Triennial report on the lunatic asylums in the province of Eastern Bengal and Assam - 1903-1911
Year: 1903
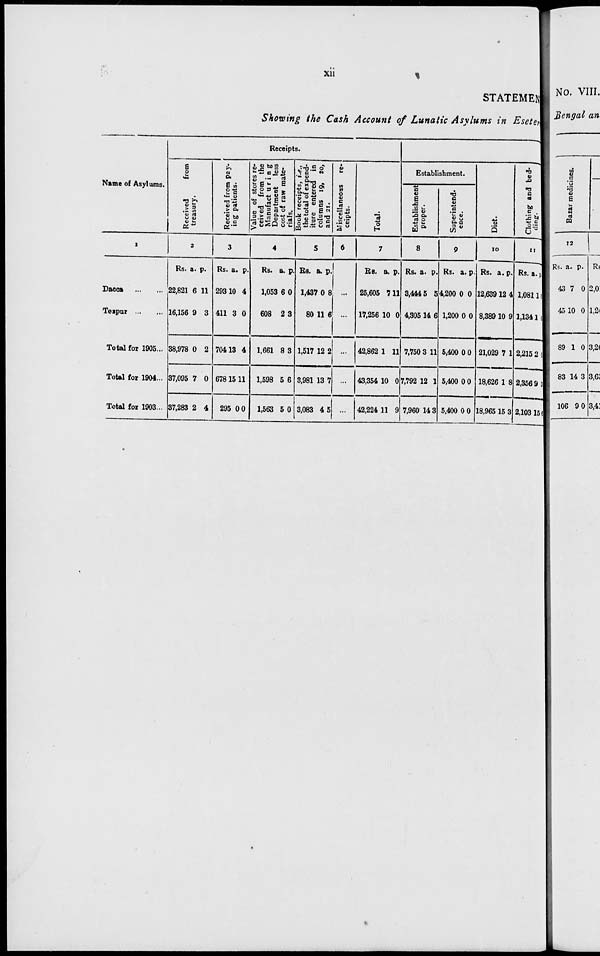
xii
STATEMENT
Showing the Cash Account of Lunatic Asylums in Eseter
Name of Asylums.
1
Dacca
...
...
Tezpur ... ...
Total for 1905...
Total for 1904...
Total for 1903...
Receipts.
Received
from
treasury.
2
Rs.
22,821
16,156
38,978
37,095
37,283
a.
6
9
0
7
2
p.
11
3
2
0
4
Received from pay-
ing patients.
3
Rs.
293
411
704
678
295
a.
10
3
13
15
0
p.
4
0
4
11
0
Value of stores re-
ceived from the
Manufacturing
Department less
cost of raw mate-
rials.
4
Rs.
1,053
608
1,661
1,598
1,563
a.
6
2
8
5
5
p.
0
3
3
6
0
Book receipts, i.e.,
the total of expend-
iture entered in
columns 19, 20,
and 21.
5
Rs.
1,437
80
1,517
3,981
3,083
a.
0
11
12
13
4
p.
8
6
2
7
5
Miscellaneous re-
ceipts.
6
...
...
...
...
...
Total.
7
Rs.
25,605
17,256
42,862
43,354
42,224
a.
7
10
1
10
11
p.
11
0
11
0
9
Establishment.
Establishment
proper.
8
Rs.
3,444
4,305
7,750
7,792
7,960
a.
5
14
3
12
14
p.
5
6
11
1
3
Superintend¬
ence.
9
Rs.
4,200
1,200
5,400
5,400
5,400
a.
0
0
0
0
0
p.
0
0
0
0
0
Diet.
10
Rs.
12,639
8,389
21,029
18,626
18,965
a.
12
10
7
1
15
p.
4
9
1
8
3
Clothing and bed¬
ding.
11
Rs.
1,081
1,134
2,215
2,356
2,103
a.
1
1
2
9
15
p.
6
6
6
3
6